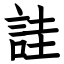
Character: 詿